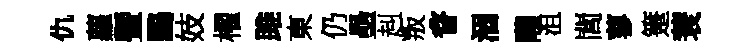
仇蘿曁鷗妓櫂雎東仍壘赳叛瞀涸隴沮閭蓼箑蓑